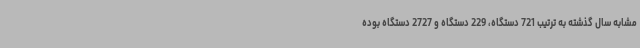
مشابه سال گذشته به ترتیب 721 دستگاه، 229 دستگاه و 2727 دستگاه بوده